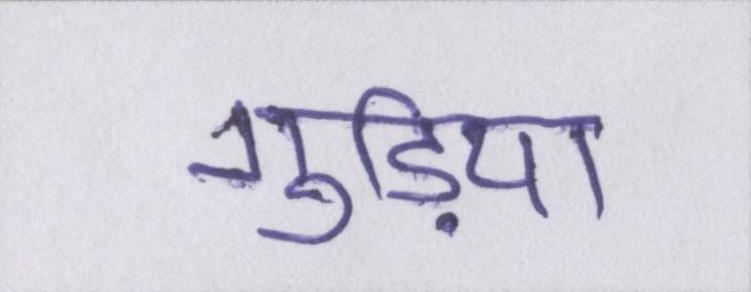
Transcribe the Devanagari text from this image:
गुड़िया